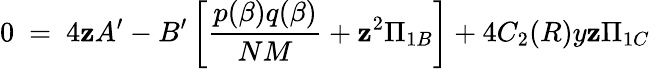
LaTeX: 0~=~4\mathbf{z}A^{\prime}-B^{\prime}\left[\frac{{p(\beta)q(\beta)}}{{NM}}+\mathbf{z}^{2}\Pi_{1B}\right]+4C_{2}(R)y\mathbf{z}\Pi_{1C}